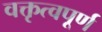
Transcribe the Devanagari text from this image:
वक्तृत्वपूर्ण